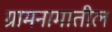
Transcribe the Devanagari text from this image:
ग्रामनामातील